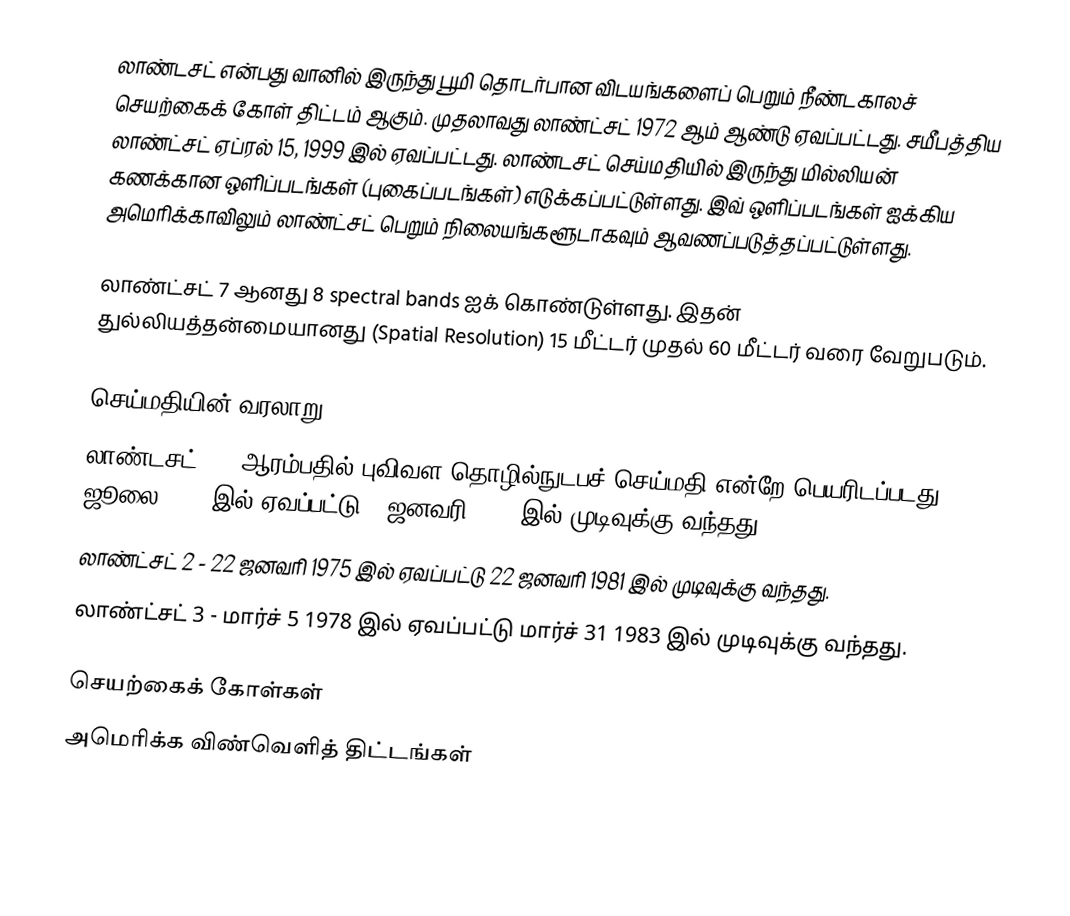
லாண்டசட் என்பது வானில் இருந்து பூமி தொடர்பான விடயங்களைப் பெறும் நீண்டகாலச் செயற்கைக் கோள் திட்டம் ஆகும். முதலாவது லாண்ட்சட் 1972 ஆம் ஆண்டு ஏவப்பட்டது. சமீபத்திய லாண்ட்சட் ஏப்ரல் 15, 1999 இல் ஏவப்பட்டது. லாண்டசட் செய்மதியில் இருந்து மில்லியன் கணக்கான ஒளிப்படங்கள் (புகைப்படங்கள்) எடுக்கப்பட்டுள்ளது. இவ் ஒளிப்படங்கள் ஐக்கிய அமெரிக்காவிலும் லாண்ட்சட் பெறும் நிலையங்களூடாகவும் ஆவணப்படுத்தப்பட்டுள்ளது.

லாண்ட்சட் 7 ஆனது 8 spectral bands ஐக் கொண்டுள்ளது. இதன் துல்லியத்தன்மையானது (Spatial Resolution) 15 மீட்டர் முதல் 60 மீட்டர் வரை வேறுபடும்.

செய்மதியின் வரலாறு
 லாண்டசட் 1 - ஆரம்பதில் புவிவள தொழில்நுடபச் செய்மதி என்றே பெயரிடப்படது, 23 ஜூலை 1972 இல் ஏவப்பட்டு 6 ஜனவரி 1978 இல் முடிவுக்கு வந்தது.
 லாண்ட்சட் 2 - 22 ஜனவரி 1975 இல் ஏவப்பட்டு 22 ஜனவரி 1981 இல் முடிவுக்கு வந்தது.
 லாண்ட்சட் 3 - மார்ச் 5 1978 இல் ஏவப்பட்டு மார்ச் 31 1983 இல் முடிவுக்கு வந்தது.

செயற்கைக் கோள்கள்
அமெரிக்க விண்வெளித் திட்டங்கள்